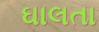
ઘાલતા